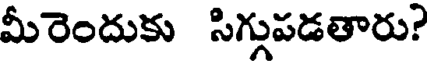
మీరెందుకు సిగ్గుపడతారు?